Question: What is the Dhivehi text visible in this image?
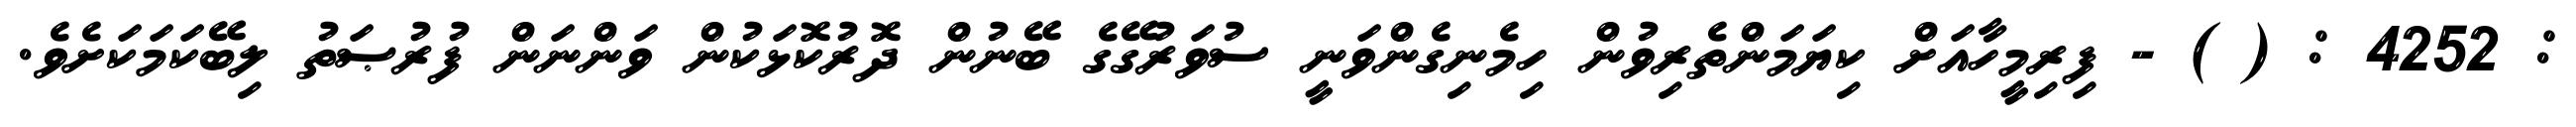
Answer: : 4252 : ( ) - ފިރިމީހާއަށް ކިޔަމަންތެރިވުން ހިމެނިގެންވަނީ ސުވަރުގޭގެ ބޭނުން ދޮރުކޮޅަކުން ވަންނަން ފުރުޞަތު ލިބޭކަމަކަށެވެ.